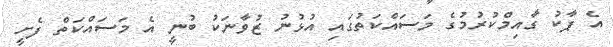
އެ ޕާކު ގާއިމްކުރުމުގެ މަސައްކަތުގައި އުޅުނު ޒުވާނަކު ބުނީ އެ މަސައްކަތް ފެށީ